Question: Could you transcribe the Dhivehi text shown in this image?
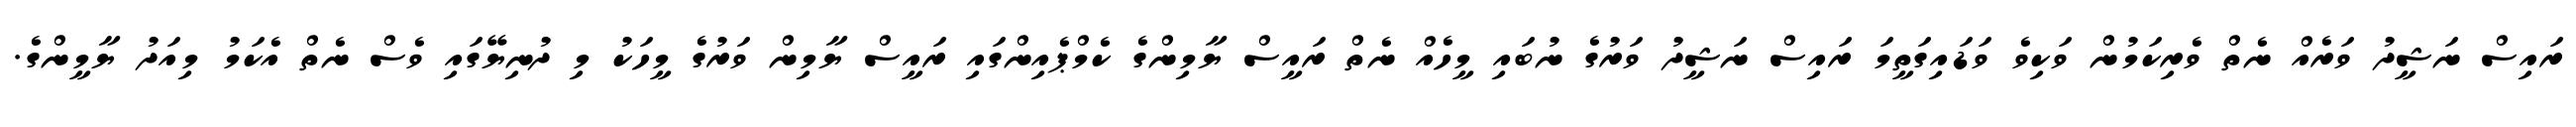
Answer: ރައިސް ނަޝީދު ވަރެއް ނެތް ވެރިކަމުން ވަކިވެ ވަޑައިގަތީމަ ރައިސް ނަޝީދު ވަރުގެ ނުބައި މީހެއް ނެތް ރައީސް ޔާމިންގެ ކެމްޕެއިންގައި ރައީސް ޔާމިން ވަރުގެ މީހަކު މި ދުނިޔޭގައި ވެސް ނެތް އެކަމު މިއަދު ޔާމީންގެ.